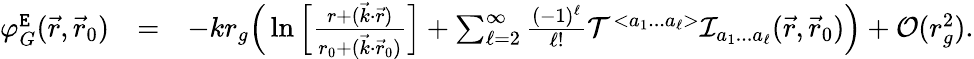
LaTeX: \begin{array}{rlr}{\varphi_{G}^{\tt E}(\vec{r},\vec{r}_{0})}&{=}&{-kr_{g}\Big(\ln\Big[\frac{r+(\vec{k}\cdot\vec{r})}{r_{0}+(\vec{k}\cdot\vec{r}_{0})}\Big]+\sum_{\ell=2}^{\infty}\frac{(-1)^{\ell}}{\ell!}{\cal T}^{<a_{1}...a_{\ell}>}{\cal I}_{a_{1}...a_{\ell}}(\vec{r},\vec{r}_{0})\Big)+{\cal O}(r_{g}^{2}).}\end{array}